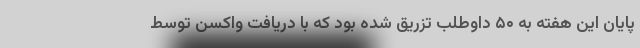
پایان این هفته به ۵۰ داوطلب تزریق شده بود که با دریافت واکسن توسط